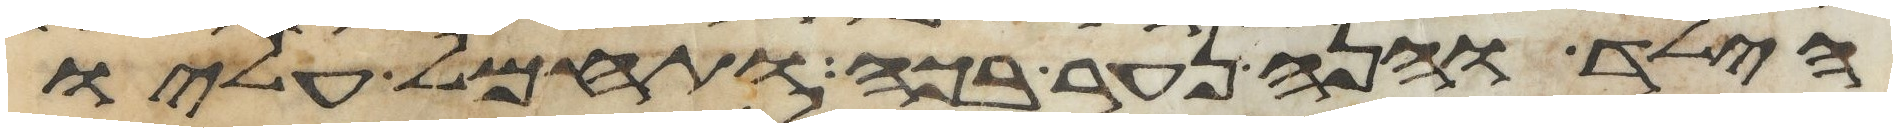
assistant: הילד והנה נער בכה ותחמל עליו